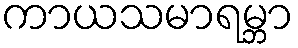
ကာယသမာရမ္ဘာ